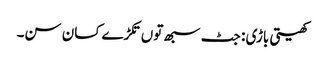
کھیتی باڑی : جٹ سبھ توں تکڑے کسان سن۔